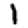
Digit: 1